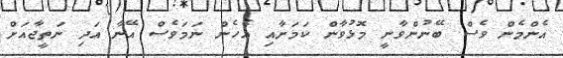
އެންމެން ވެސް ބޭނުންވާނީ މޮޅުވާން ކަމަށާއި އެހެން ނަމަވެސް އޭނާ އަދި ނަތީޖާއަށް